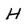
Character: H